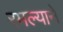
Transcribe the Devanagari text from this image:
रमल्याने